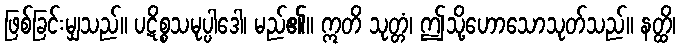
ဖြစ်ခြင်းမျှသည်။ ပဋိစ္စသမုပ္ပါဒေါ၊ မည်၏။ ဣတိ သုတ္တံ၊ ဤသို့ဟောသောသုတ်သည်။ နတ္ထိ၊